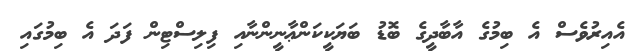
އެއިރުވެސް އެ ބިމުގެ އާބާދީގެ ބޮޑު ބަޔަކީކަންޢާނީންނާއި ފިލިސްޓިން ފަދަ އެ ބިމުގައި